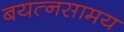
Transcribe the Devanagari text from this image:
बयत्नसामय